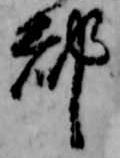
都